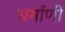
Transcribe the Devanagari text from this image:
धर्माणी